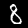
Digit: 8